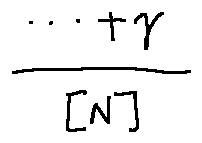
\frac { \cdots + \gamma } { [ N ] }